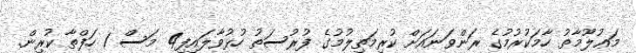
މަޢުލޫމާތު ހާމަކުރުމުގެ ރަންވަނައަށް ކުރިމަތިލުމުގެ ފުރުސަތު ހުޅުވާލައިފި4 މަސް 1 ހަފްތާ ކުރިން.